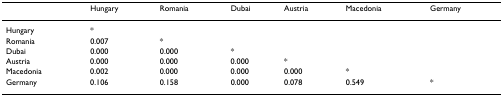
<table><thead><tr><td>[EMPTY_CELL]</td><td><b>Hungary</b></td><td><b>Romania</b></td><td><b>Dubai</b></td><td><b>Austria</b></td><td><b>Macedonia</b></td><td><b>Germany</b></td></tr></thead><tbody><tr><td>Hungary</td><td>*</td><td>[EMPTY_CELL]</td><td>[EMPTY_CELL]</td><td>[EMPTY_CELL]</td><td>[EMPTY_CELL]</td><td>[EMPTY_CELL]</td></tr><tr><td>Romania</td><td>0.007</td><td>*</td><td>[EMPTY_CELL]</td><td>[EMPTY_CELL]</td><td>[EMPTY_CELL]</td><td>[EMPTY_CELL]</td></tr><tr><td>Dubai</td><td>0.000</td><td>0.000</td><td>*</td><td>[EMPTY_CELL]</td><td>[EMPTY_CELL]</td><td>[EMPTY_CELL]</td></tr><tr><td>Austria</td><td>0.000</td><td>0.000</td><td>0.000</td><td>*</td><td>[EMPTY_CELL]</td><td>[EMPTY_CELL]</td></tr><tr><td>Macedonia</td><td>0.002</td><td>0.000</td><td>0.000</td><td>0.000</td><td>*</td><td>[EMPTY_CELL]</td></tr><tr><td>Germany</td><td>0.106</td><td>0.158</td><td>0.000</td><td>0.078</td><td>0.549</td><td>*</td></tr></tbody></table>